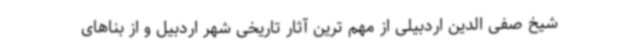
شیخ صفی الدین اردبیلی از مهم ترین آثار تاریخی شهر اردبیل و از بناهای